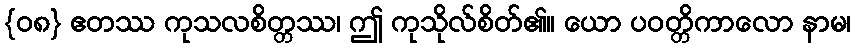
{၀၈} ဧတဿ ကုသလစိတ္တဿ၊ ဤ ကုသိုလ်စိတ်၏။ ယော ပဝတ္တိကာလော နာမ၊